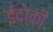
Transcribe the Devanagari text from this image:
ईदोकी